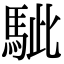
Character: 𩢭